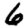
Digit: 6